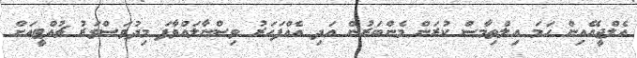
އެލްޖީއޭއިން ހަމަ އިލްތިމާސް ކުރަން މެންބަރުން އަދި އެއްފަހަރު ވިސްނާލައްވާފަ މިދުވަސްވަރު ޗުއްޓީއަށް